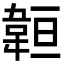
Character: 𩎨